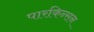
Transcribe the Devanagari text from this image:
पारकिन्सन